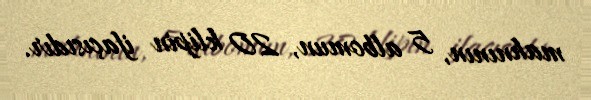
mahnının, 5 albomun, 20 klipin ifaçısıdır.